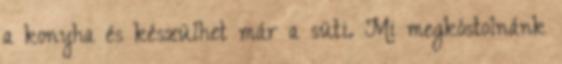
a konyha és készülhet már a süti. Mi megkóstolnánk